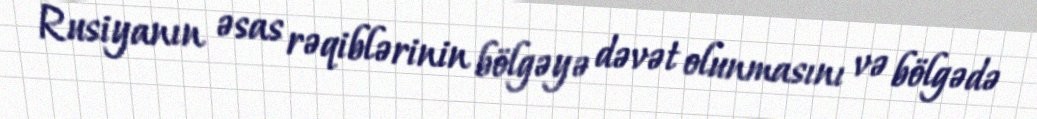
Rusiyanın əsas rəqiblərinin bölgəyə dəvət olunmasını və bölgədə